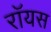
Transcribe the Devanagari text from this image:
राॅयस